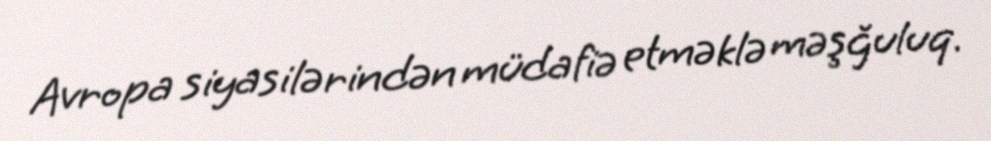
Avropa siyasilərindən müdafiə etməklə məşğuluq.